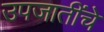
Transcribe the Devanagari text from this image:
उपजातींचे